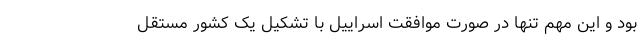
بود و این مهم تنها در صورت موافقت اسراییل با تشکیل یک کشور مستقل